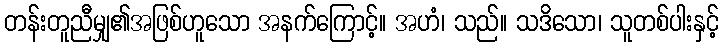
တန်းတူညီမျှ၏အဖြစ်ဟူသော အနက်ကြောင့်။ အဟံ၊ သည်။ သဒိသော၊ သူတစ်ပါးနှင့်